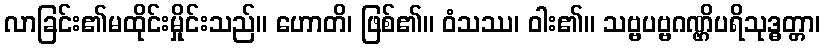
လာခြင်း၏မထိုင်းမှိုင်းသည်။ ဟောတိ၊ ဖြစ်၏။ ဝံသဿ၊ ဝါး၏။ သဗ္ဗပဗ္ဗဂဏ္ဌိပရိသုဒ္ဓတ္တာ၊